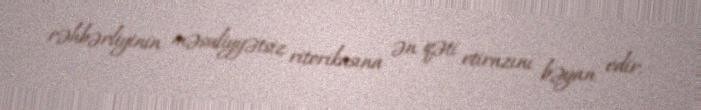
rəhbərliyinin məsuliyyətsiz ritorikasına ən qəti etirazını bəyan edir.